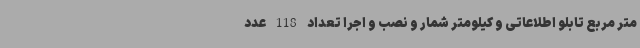
متر مربع تابلو اطلاعاتی و کیلومتر شمار و نصب و اجرا تعداد 118 عدد